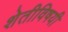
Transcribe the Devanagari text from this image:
शेतीविषयी